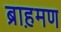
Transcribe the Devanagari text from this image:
ब्राह़मण